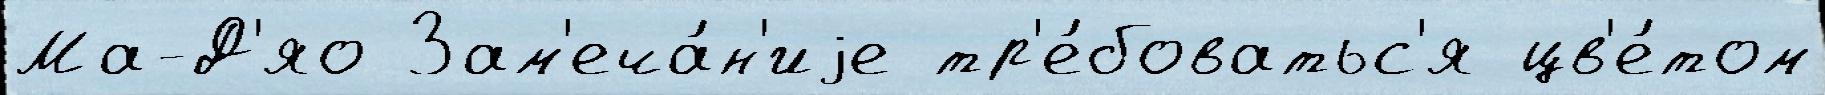
Ма-Д'яо Зам'еча́н'иjе тр'е́боватьс'я цв'е́том